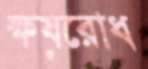
ক্ষয়রোধ